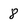
Character: 8